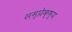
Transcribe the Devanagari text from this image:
सम्प्रेक्ष्य